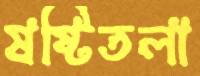
ষষ্টিতলা